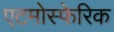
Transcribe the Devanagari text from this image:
एटमोस्फेरिक